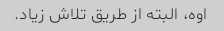
اوه، البته از طریق تلاش زیاد.